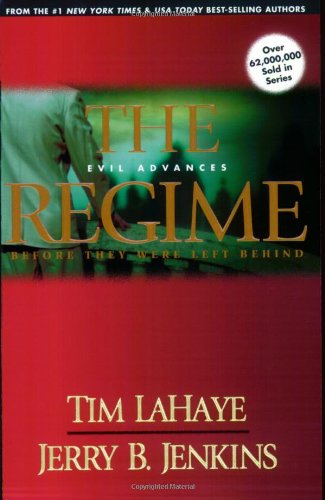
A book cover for The Regime: Evil Advances (Before They Were Left Behind, Book 2); Tim LaHaye; Christian Books & Bibles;